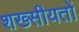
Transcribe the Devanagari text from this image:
शख्सीयतों